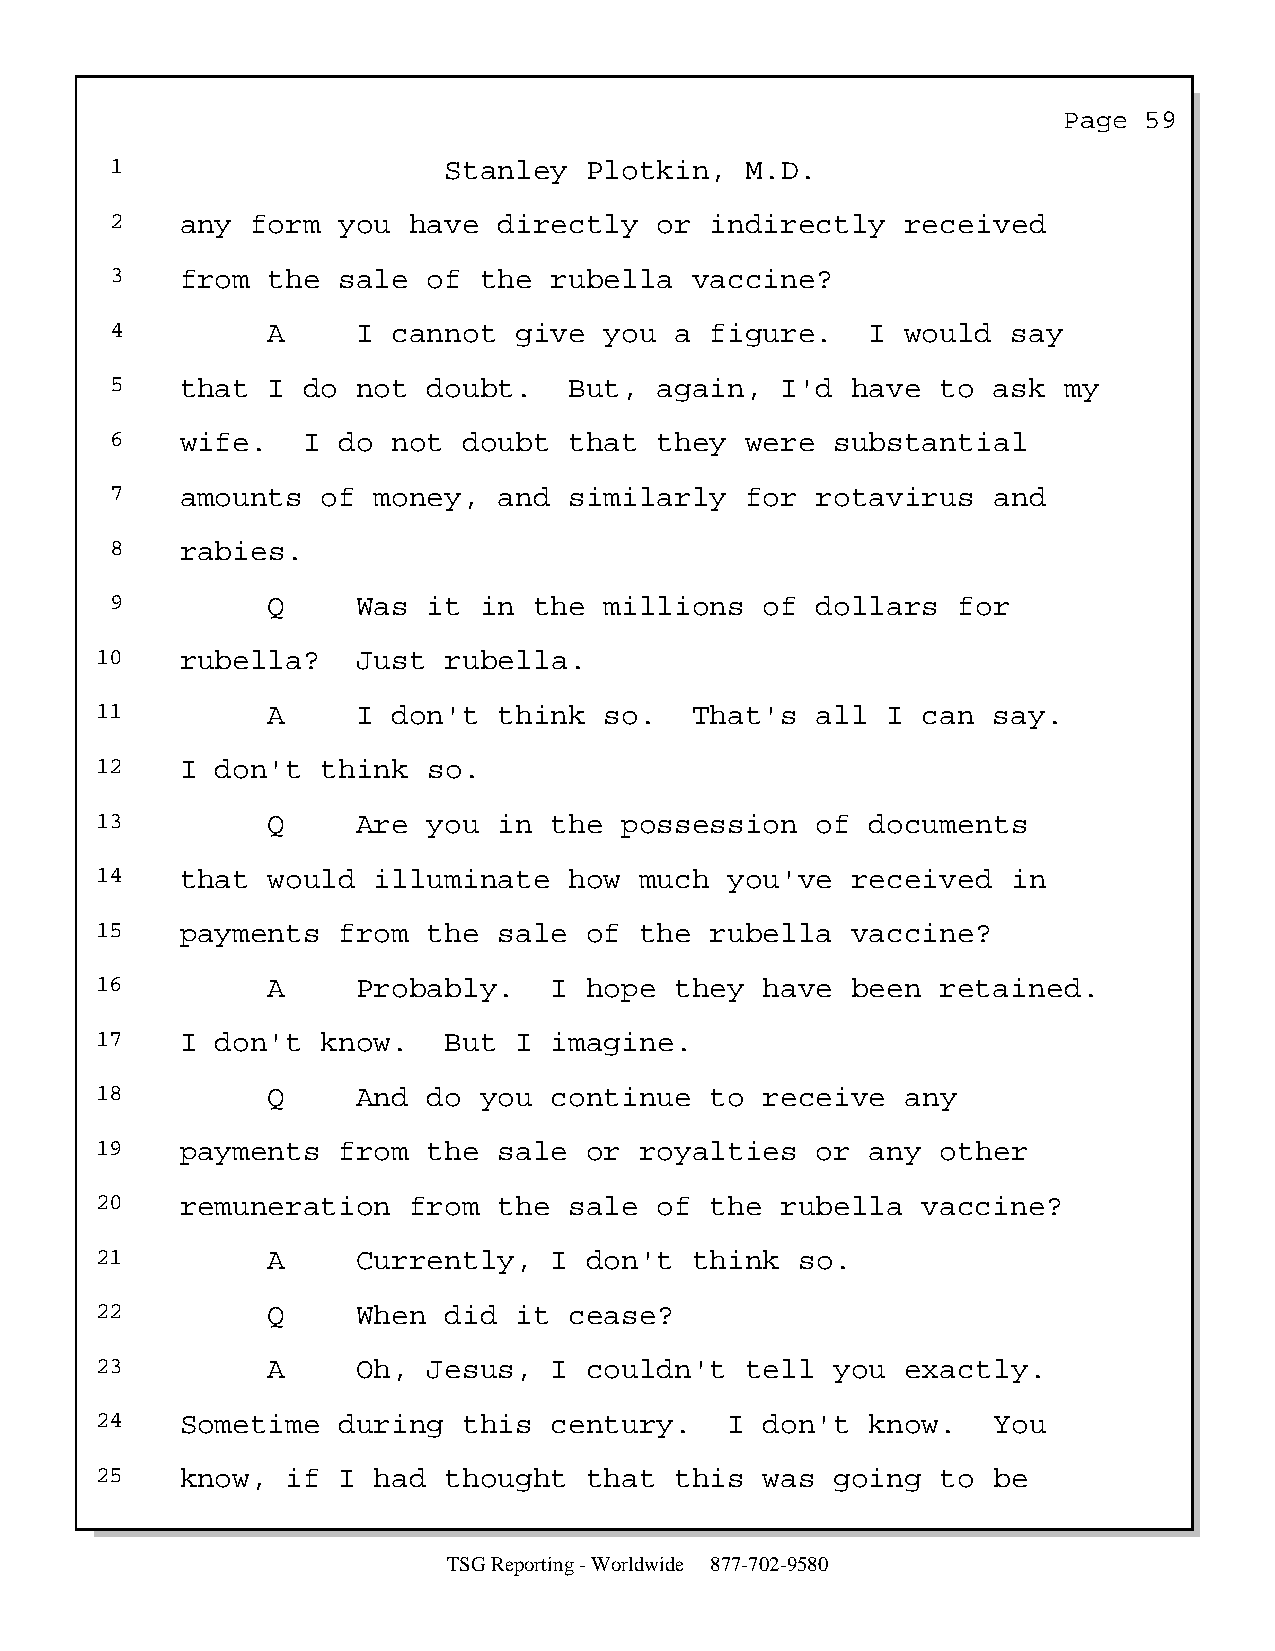
Page  59
 1                     Stanley   Plotkin,  M.D.
 2    any  form you  have  directly   or indirectly   received
 3    from  the sale  of  the rubella   vaccine?
 4          A     I cannot  give  you  a figure.    I would  say
 5    that  I do  not doubt.    But,  again,  I'd have  to  ask my
 6    wife.   I do  not  doubt  that  they were  substantial
 7    amounts  of  money,  and  similarly  for  rotavirus   and
 8    rabies.
 9          Q     Was it  in the  millions   of dollars  for
 10    rubella?    Just rubella.
 11          A     I don't  think  so.   That's  all  I can  say.
 12    I don't  think  so.
 13          Q     Are you  in the  possession   of  documents
 14    that  would  illuminate   how much  you've  received   in
 15    payments  from  the  sale  of the  rubella  vaccine?
 16          A     Probably.   I  hope  they  have been  retained.
 17    I don't  know.   But  I imagine.
 18          Q     And do  you continue   to  receive  any
 19    payments  from  the  sale  or royalties   or  any other
 20    remuneration   from  the  sale  of the  rubella  vaccine?
 21          A     Currently,  I  don't  think  so.
 22          Q     When did  it  cease?
 23          A     Oh, Jesus,  I  couldn't  tell  you  exactly.
 24    Sometime  during   this century.    I  don't  know.   You
 25    know,  if I  had thought   that  this  was going  to  be
 TSG Reporting - Worldwide 877-702-9580